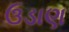
ઉડાણ